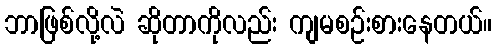
ဘာဖြစ်လို့လဲ ဆိုတာကိုလည်း ကျမစဉ်းစားနေတယ်။